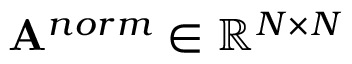
\mathbf { A } ^ { n o r m } \in \mathbb { R } ^ { N \times N }